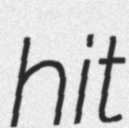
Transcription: hit